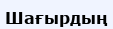
Шағырдың